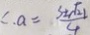
\therefore a = \frac { 3 \pm \sqrt { 2 1 } } { 4 }